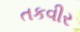
તકવીર